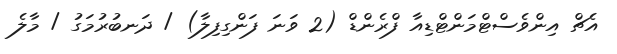
އެޗް އިންވެސްޓްމަންޓްޑިއާ ފްރެންޑް (2 ވަނަ ފަންގިފިލާ) / ދަނބުރުމަގު / މާލެ